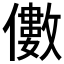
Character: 𠐍